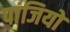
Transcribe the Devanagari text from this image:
पांजियों